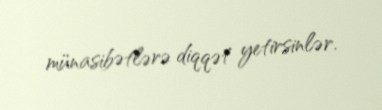
münasibətlərə diqqət yetirsinlər.